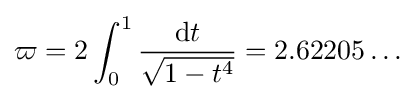
\varpi =2\int _{0}^{1}{\frac {\mathrm {d} t}{\sqrt {1-t^{4}}}}=2.62205\ldots